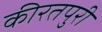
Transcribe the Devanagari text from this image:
कीरतपुरी